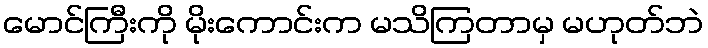
မောင်ကြီးကို မိုးကောင်းက မသိကြတာမှ မဟုတ်ဘဲ